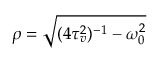
\rho = \sqrt { ( 4 \tau _ { v } ^ { 2 } ) ^ { - 1 } - \omega _ { 0 } ^ { 2 } }